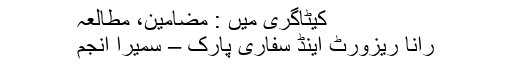
کیٹاگری میں : مضامین، مطالعہ
رانا ریزورٹ اینڈ سفاری پارک – سمیرا انجم